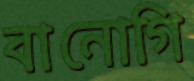
বানোগি